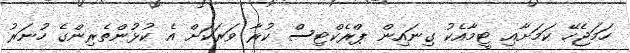
ހަމަޖެހޭ ކަމަށާއި ޓީމާއެކު ގިނައިން ޕްރެކްޓިސް ކުރާ ވަރަކަށް އެ ކުޅުންތެރިންގެ ހުނަރު